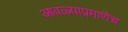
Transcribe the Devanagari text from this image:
आवळ्याप्रमाणेच